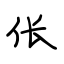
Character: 伥